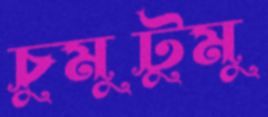
চুমুটুমু